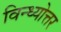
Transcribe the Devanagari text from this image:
विन्ध्योत्तर